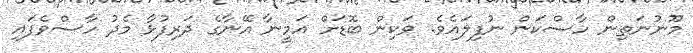
މޫނުނަތިން ހާސްކަން ނުފިލައެވެ. ވަކިން ބޮޑަށް އަމީނާ އޭނާގެ ދަރިފުޅާ މެދު ހާސްވެފައި